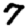
Digit: 7